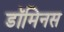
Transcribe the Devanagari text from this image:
डॉमिनस